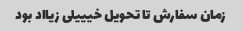
زمان سفارش تا تحویل خیییلی زیااد بود